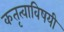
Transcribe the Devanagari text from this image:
कतृत्वाविषयी